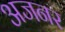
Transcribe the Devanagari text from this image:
अजनर